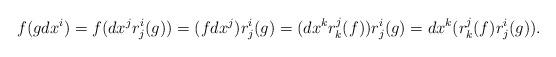
LaTeX: \begin{align*}f(gdx^{i})=f(dx^{j}r_{j}^{i}(g))=(fdx^{j})r_{j}^{i}(g)=(dx^{k}r_{k}^{j}(f))r^{i}_{j}(g)=dx^{k}(r_{k}^{j}(f)r^{i}_{j}(g)).\end{align*}